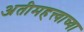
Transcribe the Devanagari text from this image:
अतीमहत्त्वाच्या